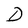
Character: D